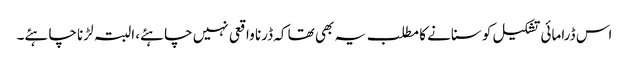
اس ڈرامائی تشکیل کو سنانے کا مطلب یہ بھی تھا کہ ڈرنا واقعی نہیں چاہئے، البتہ لڑنا چاہئے۔